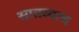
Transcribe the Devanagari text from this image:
सातव्याच